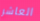
العاشر